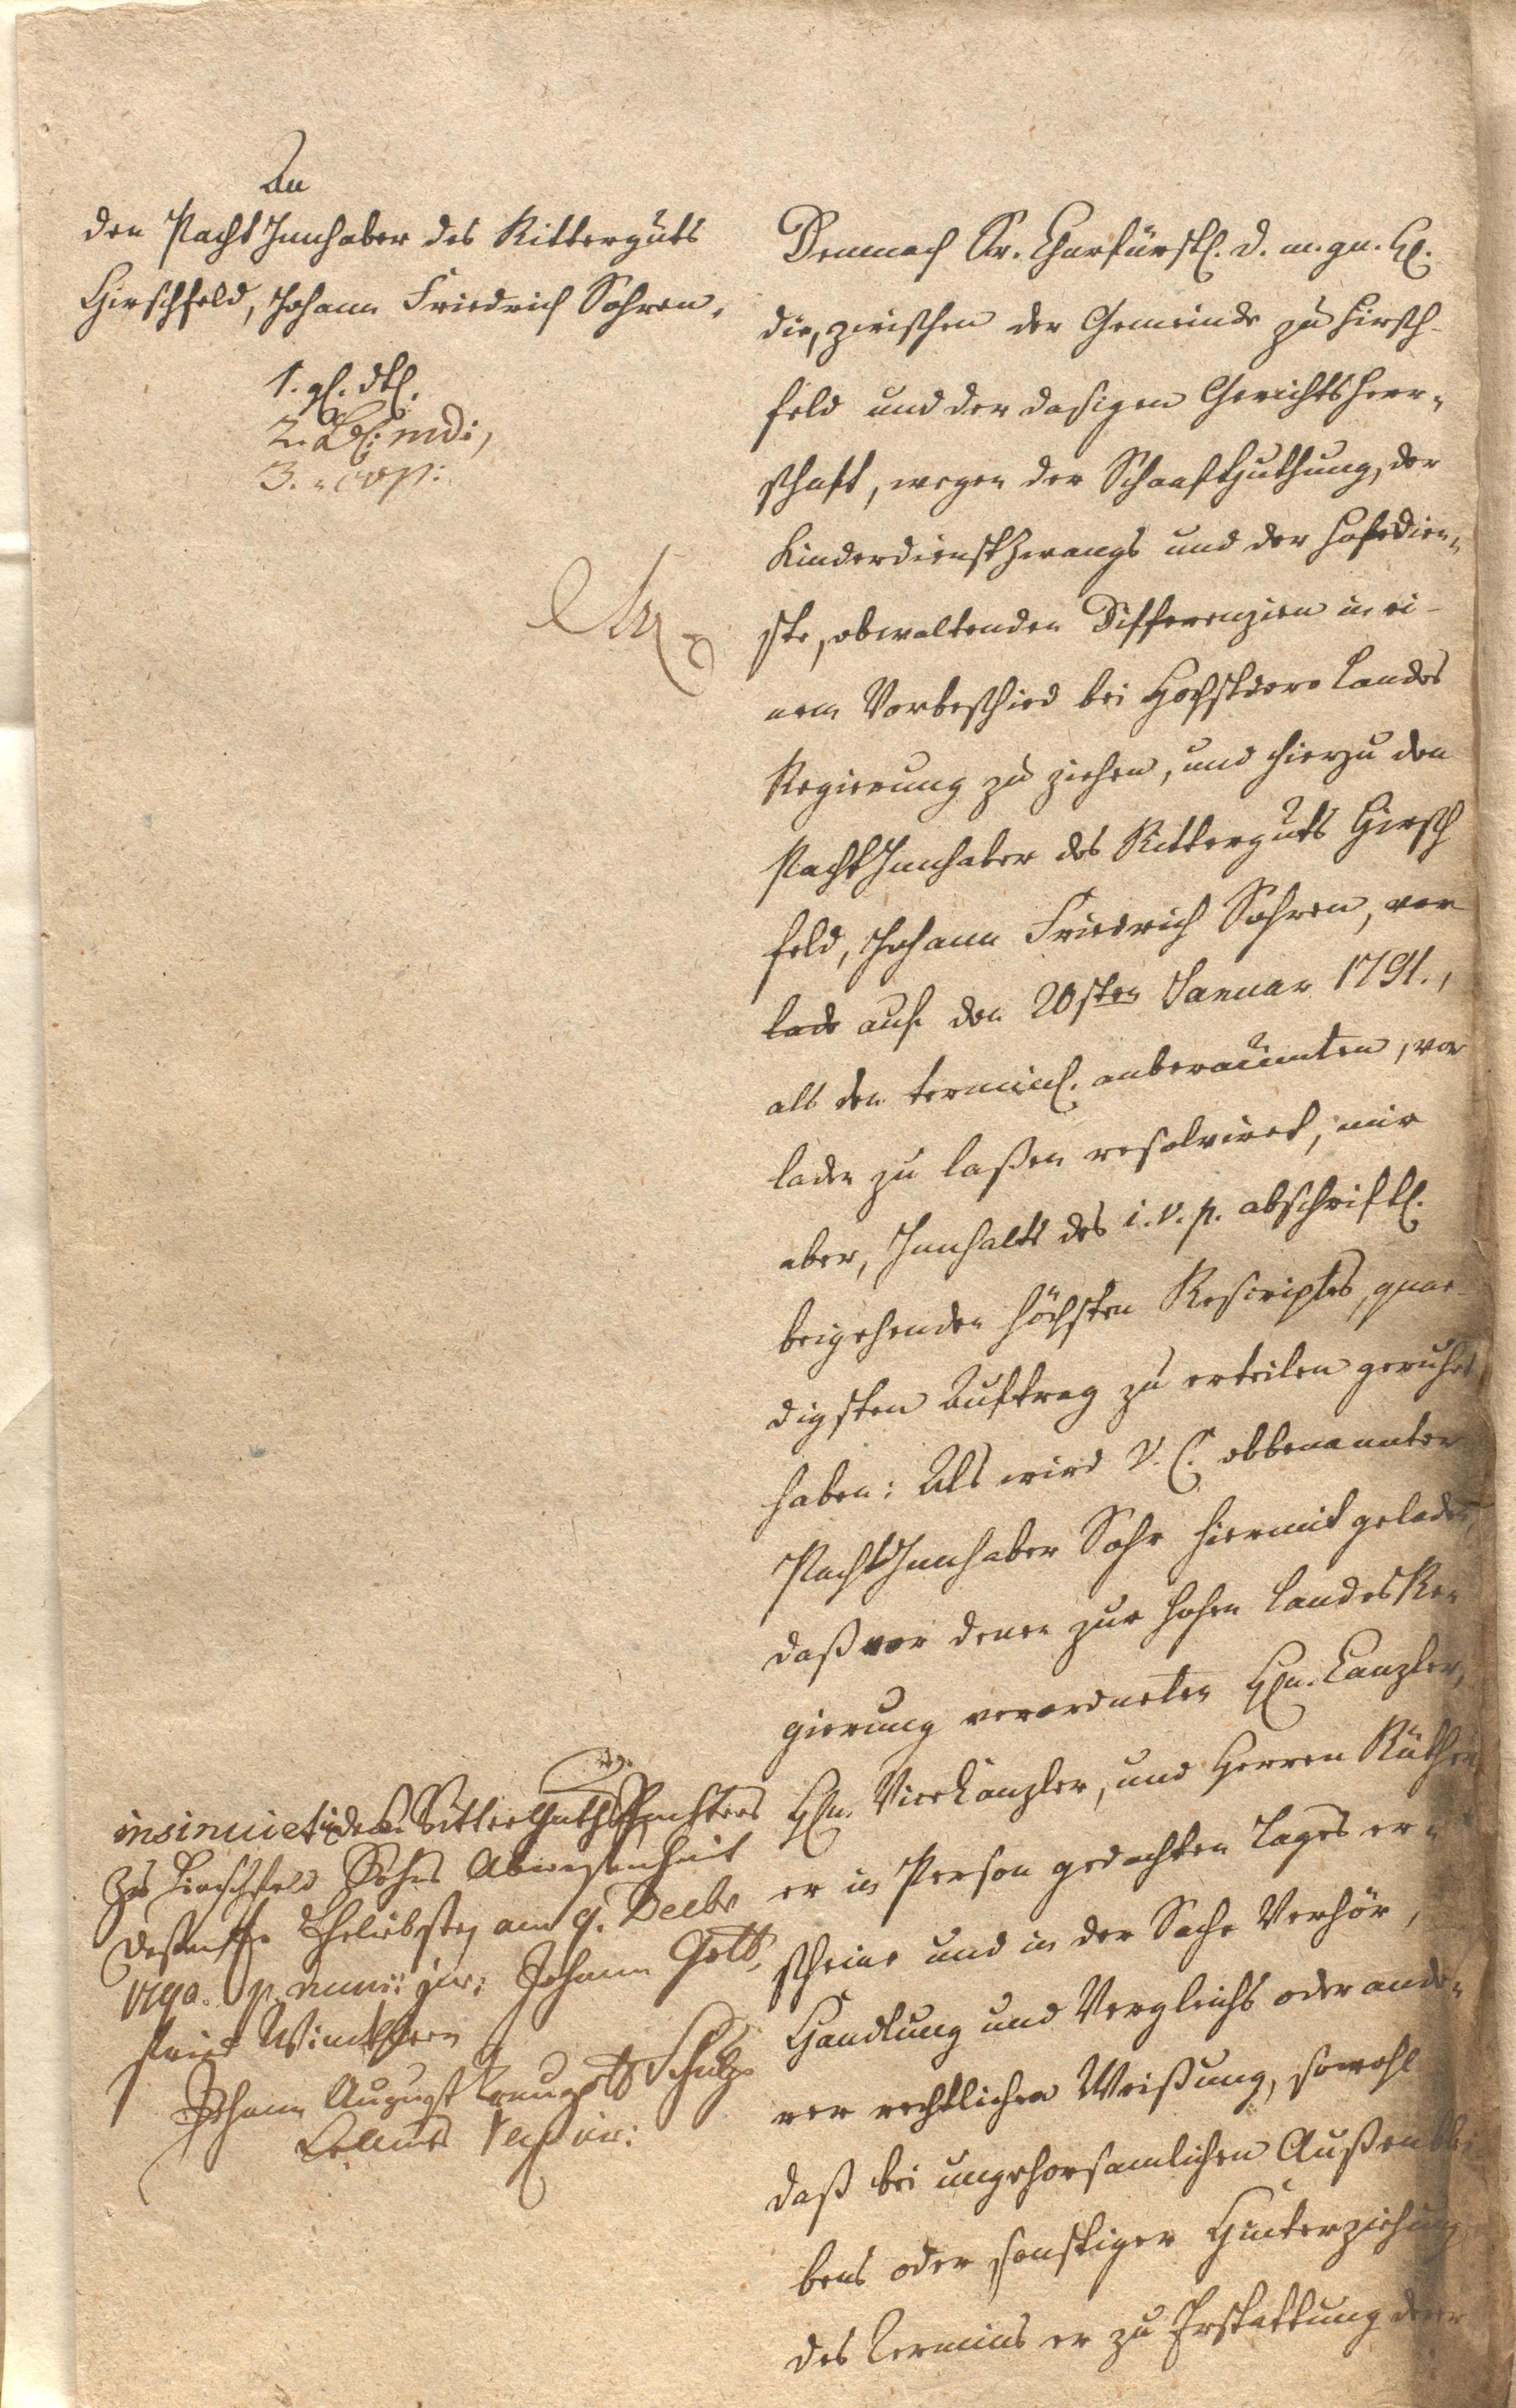
An
den Pacht Innhaber des Ritterguts
Hirschfeld, Johann Friedrich Sohren,
1. gl. dtl.
2. Bl: md:,
3. " (ws:
xxx

Demnach Sr. Churfürstl. d. m. gn. [H.]
die, zwischen der Gemeinde zu Hirsch¬
feld und der dasigen Gerichtsherr¬
schaft, wegen der Schaafhüthung, den
Kinderdienstzwangs und der Hofdien¬
ste, obwaltender Differenzien in ei¬
nem Vorbescheid bei Hofstdore Lands
Regierung zu ziehen, und hierzu den
Pachtinnhaber des Ritterguts Hirsch¬
feld, Johann Friedrich Sohren, vor
lade auf den 20sten Januar 1791.,
als den terminl. anberaumten, vor¬
laden zu laßen resolviret, mir
aber Innhalts des i.V.s. abschriftl.
beigehende höchsten Rescriptes, gnae¬
digsten Auftrag zu erteilen geruhet
haben: Als wird V.C. obbenannter
Pachtinnhaber Sohr hiermit geladen
daß vor denen zur Hohen Landesre¬
gierung verordneten Hn. Canzler,
Hn. ViceCanzler, und Herren Räthen
er in Person gedachten Tages er¬
scheine und in der Sache Verhör,
Handlung und Vergleichs oder and¬
rer restlichen Weißung, sowohl
daß bei ungehorsamlichen Außenblei¬
bens oder sonstiger Hinterziehung
des Termins er zu Erstattung oder

insinuirt in des Ritterguth Pachters
Zu Hirschfeld Sohrs Abwesenheit
deßen Er Eeliebsten am 9. Decbr
aga. p. nuni: jur: Johann Gott¬
fried Winkler
Johann August Preugelt Schulz
Deleunt ref. iur: